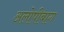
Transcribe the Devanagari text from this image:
अलोपीबाग